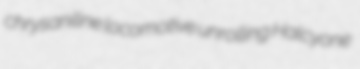
chrysaniline locomotive unrolling Halcyone